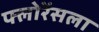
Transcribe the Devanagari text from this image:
फ्लोरेंसला